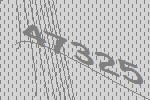
47325